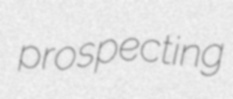
prospecting